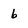
Character: 6